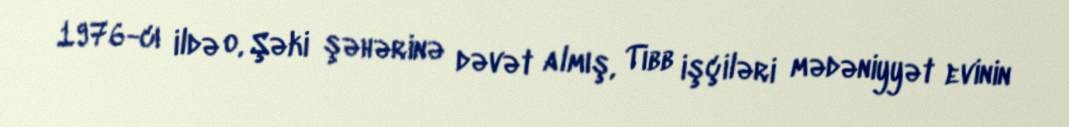
1976-cı ildə o, Şəki şəhərinə dəvət almış, Tibb işçiləri mədəniyyət evinin